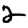
Digit: 2